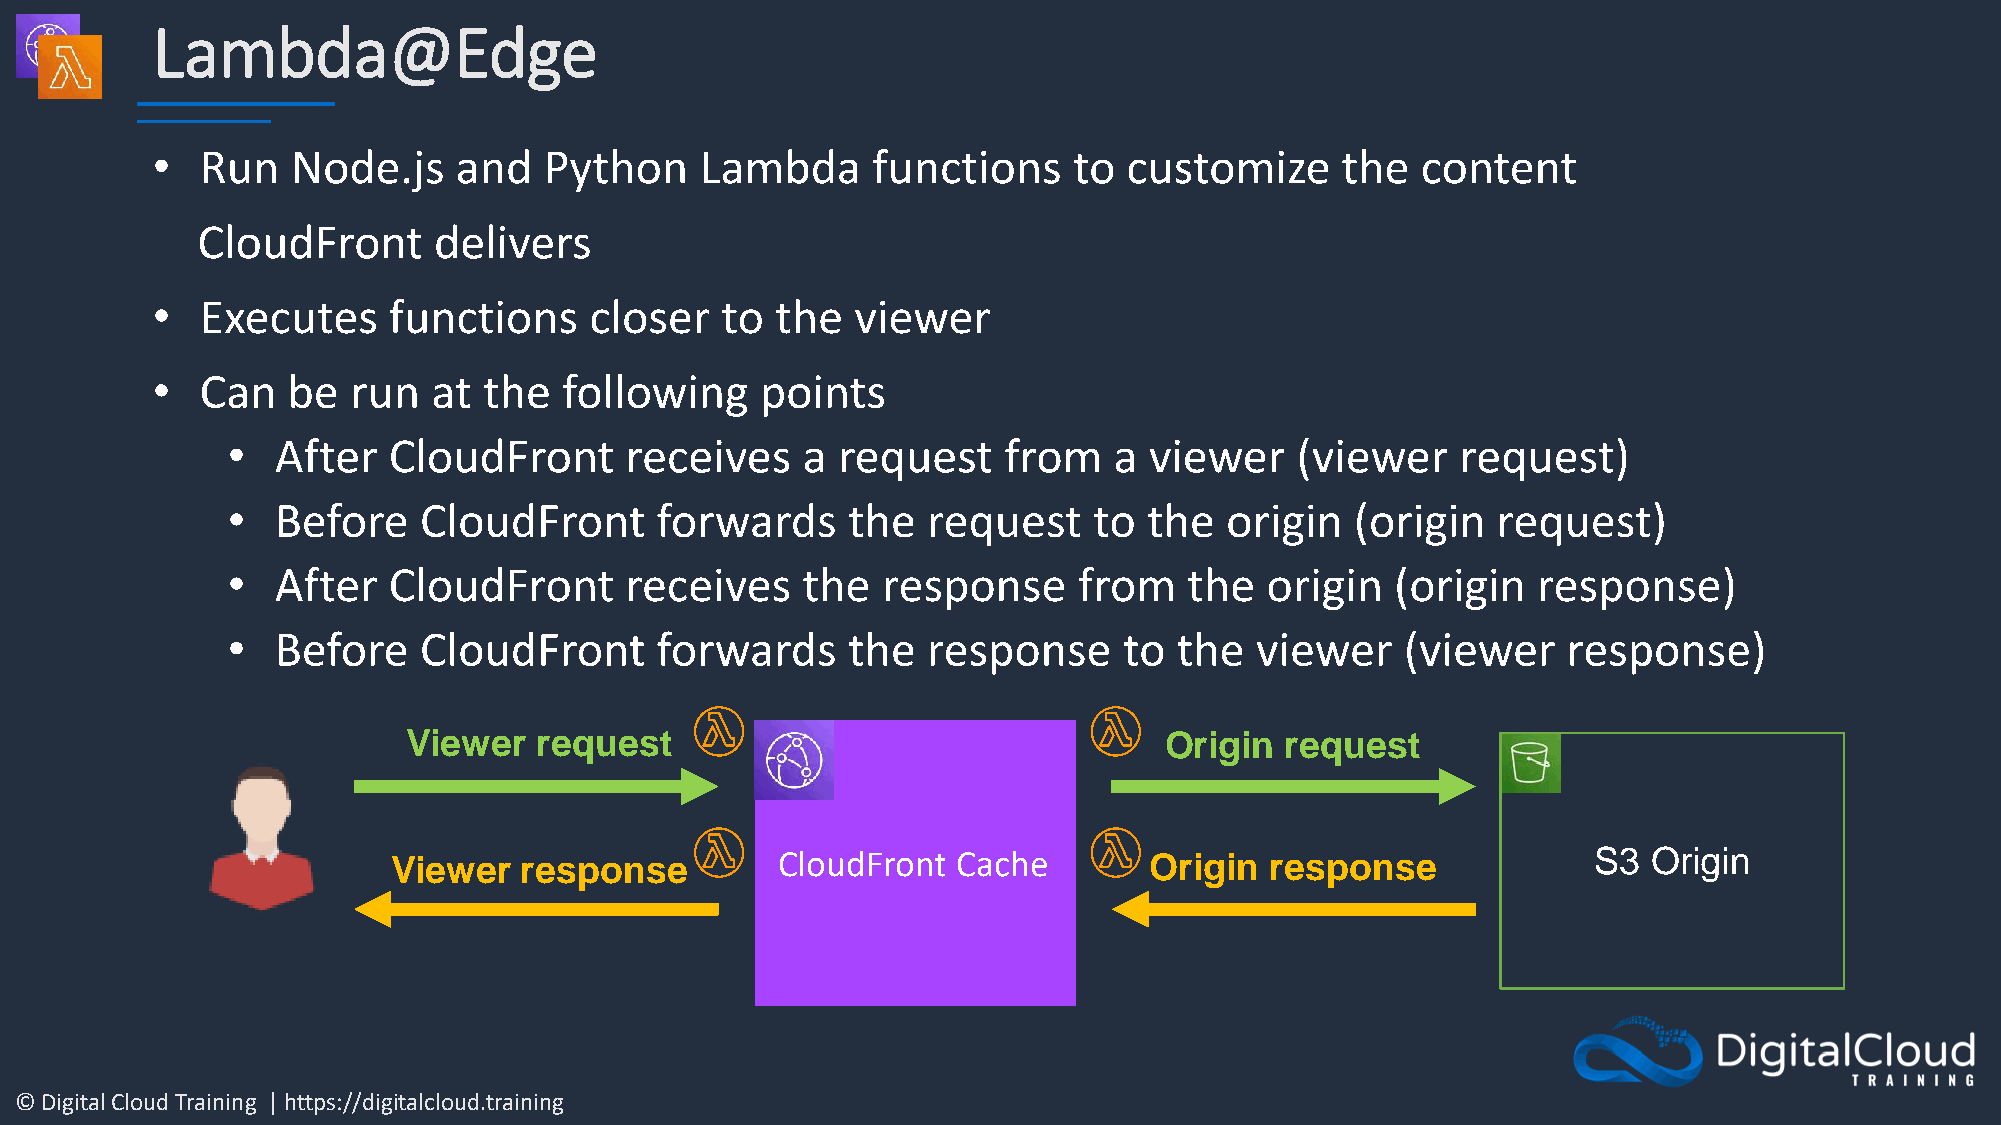
Lambda@Edge
 •  Run   Node.js    and   Python    Lambda      functions    to  customize     the  content
 CloudFront      delivers
 •  Executes     functions    closer   to the   viewer
 •  Can   be  run   at the  following    points
 •  After   CloudFront     receives    a request    from    a viewer    (viewer    request)
 •  Before    CloudFront     forwards     the  request    to  the  origin   (origin  request)
 •  After   CloudFront     receives    the  response     from    the  origin  (origin   response)
 •  Before    CloudFront     forwards     the  response     to  the  viewer    (viewer    response)
 Viewer   request                                  Origin  request
 Viewer  response          CloudFront Cache        Origin  response              S3 Origin
 © Digital Cloud Training | https://digitalcloud.training